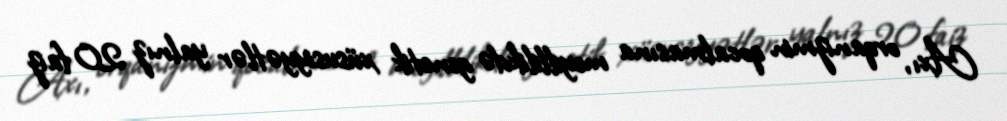
Axı, orqanizmin qocalmasına meyillilikdə genetik xüsusiyyətlər yalnız 20 faiz